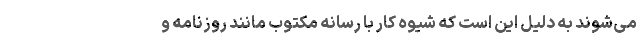
می‌شوند به دلیل این است که شیوه کار با رسانه مکتوب مانند روزنامه و